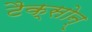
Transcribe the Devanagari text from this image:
टैक्सोन्